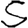
Digit: 5